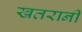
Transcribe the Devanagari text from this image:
खतरानी